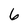
Character: 6